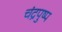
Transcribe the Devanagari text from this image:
चंद्रपुष्प